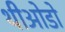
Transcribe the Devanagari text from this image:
थीओडो